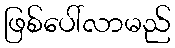
ဖြစ်ပေါ်လာမည်